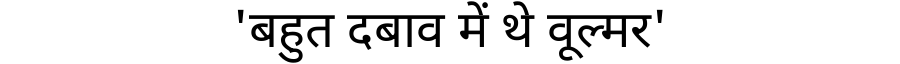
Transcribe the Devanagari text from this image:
'बहुत दबाव में थे वूल्मर'